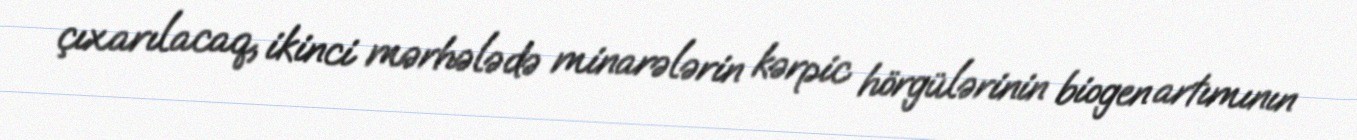
çıxarılacaq, ikinci mərhələdə minarələrin kərpic hörgülərinin biogen artımının